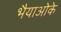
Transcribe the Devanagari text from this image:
भैयाओके